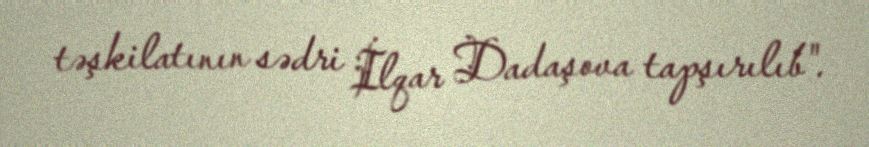
təşkilatının sədri İlqar Dadaşova tapşırılıb".